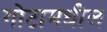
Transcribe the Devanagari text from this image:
गोटामधील